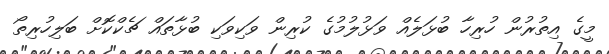
މީގެ އިތުރުން ހުރިހާ ބުޅަލެއް ވަޅުލުމުގެ ކުރިން ވަކިވަކި ބުޅާތައް ޗެކްކޮށް ބަލިހުރިތޯ